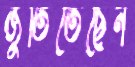
জুতিতেছেন